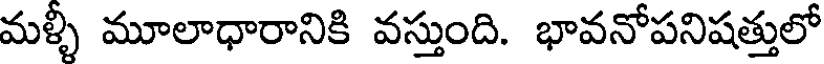
మళ్ళీ మూలాధారానికి వస్తుంది. భావనోపనిషత్తులో